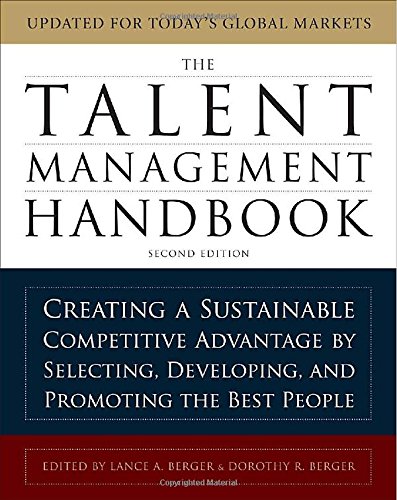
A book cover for The Talent Management Handbook: Creating a Sustainable Competitive Advantage by Selecting, Developing, and Promoting the Best People; Lance Berger; Business & Money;